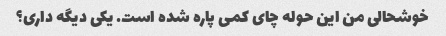
خوشحالی من این حوله چای کمی پاره شده است. یکی دیگه داری؟